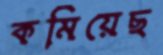
কমিয়েছ